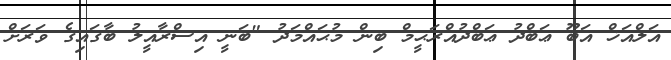
އަލްއަޚް އަބޫ ޢަބްދު ޢަބްދުއްރަޙީމް ބިން މުޙައްމަދު "ބަނީ އިސްރާއީލު ބާގައިގެ ވަރަށް